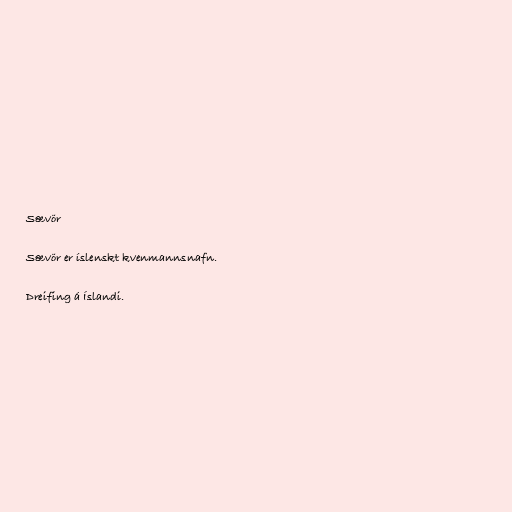
Sævör

Sævör er íslenskt kvenmannsnafn.

Dreifing á Íslandi.